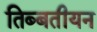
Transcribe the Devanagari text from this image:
तिब्‍बतीयन